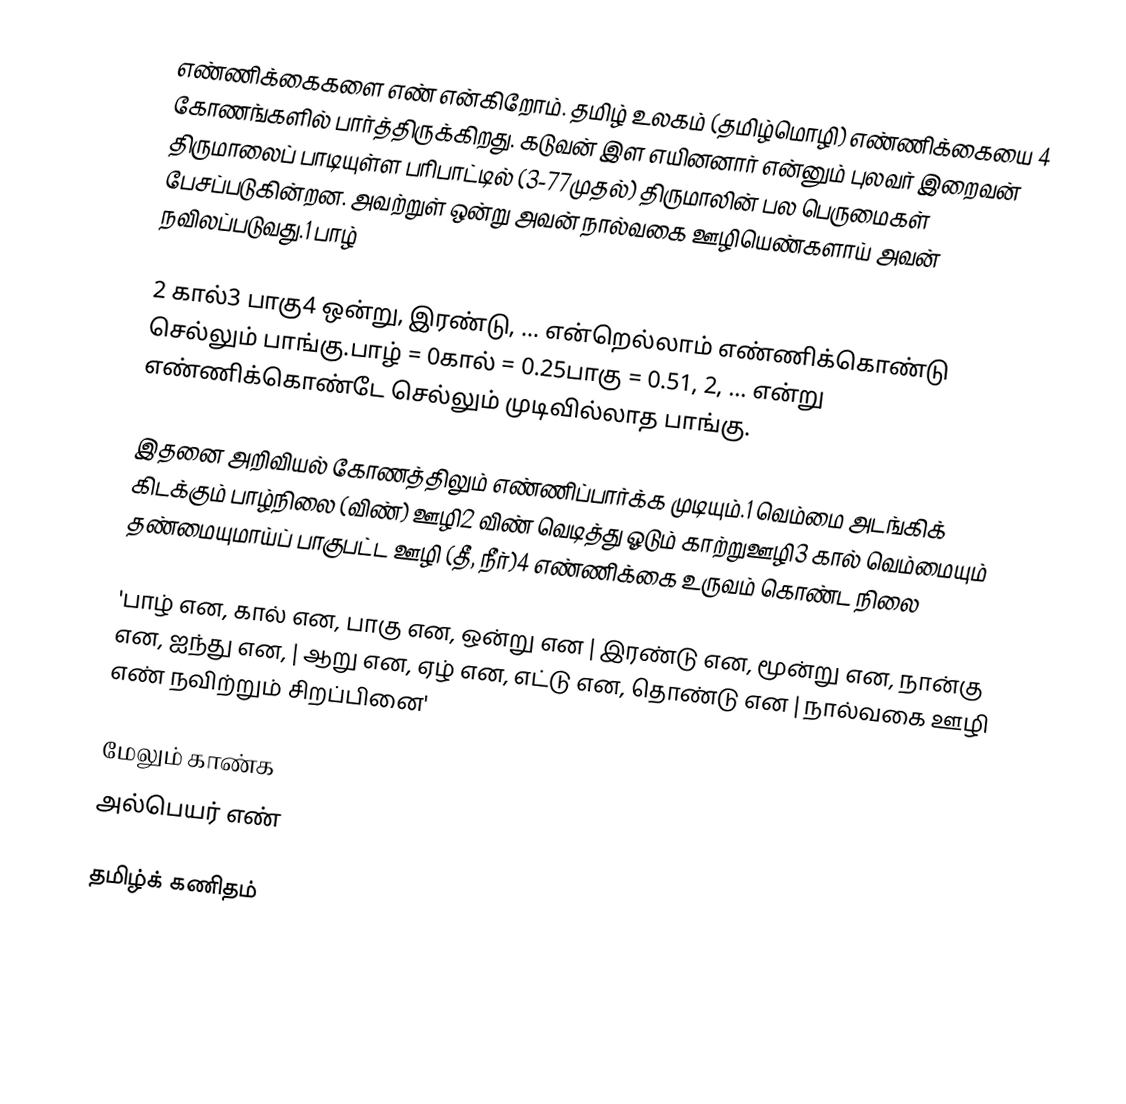
எண்ணிக்கைகளை எண் என்கிறோம். தமிழ் உலகம் (தமிழ்மொழி) எண்ணிக்கையை 4 கோணங்களில் பார்த்திருக்கிறது. கடுவன் இள எயினனார் என்னும் புலவர் இறைவன் திருமாலைப் பாடியுள்ள பரிபாட்டில் (3-77முதல்) திருமாலின் பல பெருமைகள் பேசப்படுகின்றன. அவற்றுள் ஒன்று அவன் நால்வகை ஊழியெண்களாய் அவன் நவிலப்படுவது.1 பாழ்

2 கால்3 பாகு4 ஒன்று, இரண்டு, ... என்றெல்லாம் எண்ணிக்கொண்டு செல்லும் பாங்கு.பாழ் = 0கால் = 0.25பாகு = 0.51, 2, ... என்று எண்ணிக்கொண்டே செல்லும் முடிவில்லாத பாங்கு.

இதனை அறிவியல் கோணத்திலும் எண்ணிப்பார்க்க முடியும்.1 வெம்மை அடங்கிக் கிடக்கும் பாழ்நிலை (விண்) ஊழி2 விண் வெடித்து ஓடும் காற்றுஊழி3 கால் வெம்மையும் தண்மையுமாய்ப் பாகுபட்ட ஊழி (தீ, நீர்)4 எண்ணிக்கை உருவம் கொண்ட நிலை

'பாழ் என, கால் என, பாகு என, ஒன்று என | இரண்டு என, மூன்று என, நான்கு என, ஐந்து என, | ஆறு என, ஏழ் என, எட்டு என, தொண்டு என | நால்வகை ஊழி எண் நவிற்றும் சிறப்பினை'

மேலும் காண்க
அல்பெயர் எண்

தமிழ்க் கணிதம்